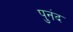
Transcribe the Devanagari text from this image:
पुनंद